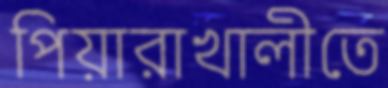
পিয়ারাখালীতে